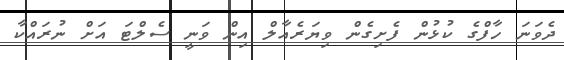
ދެވަނަ ހާފްގެ ކުޅުން ފެށިގެން ވިޔަރެއާލް އިން ވަނީ ސެލްޓަ އަށް ނުރައްކާ